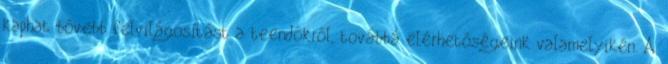
kaphat bővebb felvilágosítást a teendőkről, továbbá elérhetőségeink valamelyikén. A